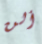
ألن